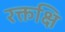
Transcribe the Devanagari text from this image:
रक्तक्षि